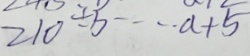
2 1 0 \div b \cdots a + 5